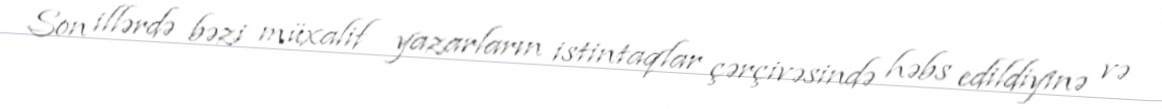
Son illərdə bəzi müxalif yazarların istintaqlar çərçivəsində həbs edildiyinə və